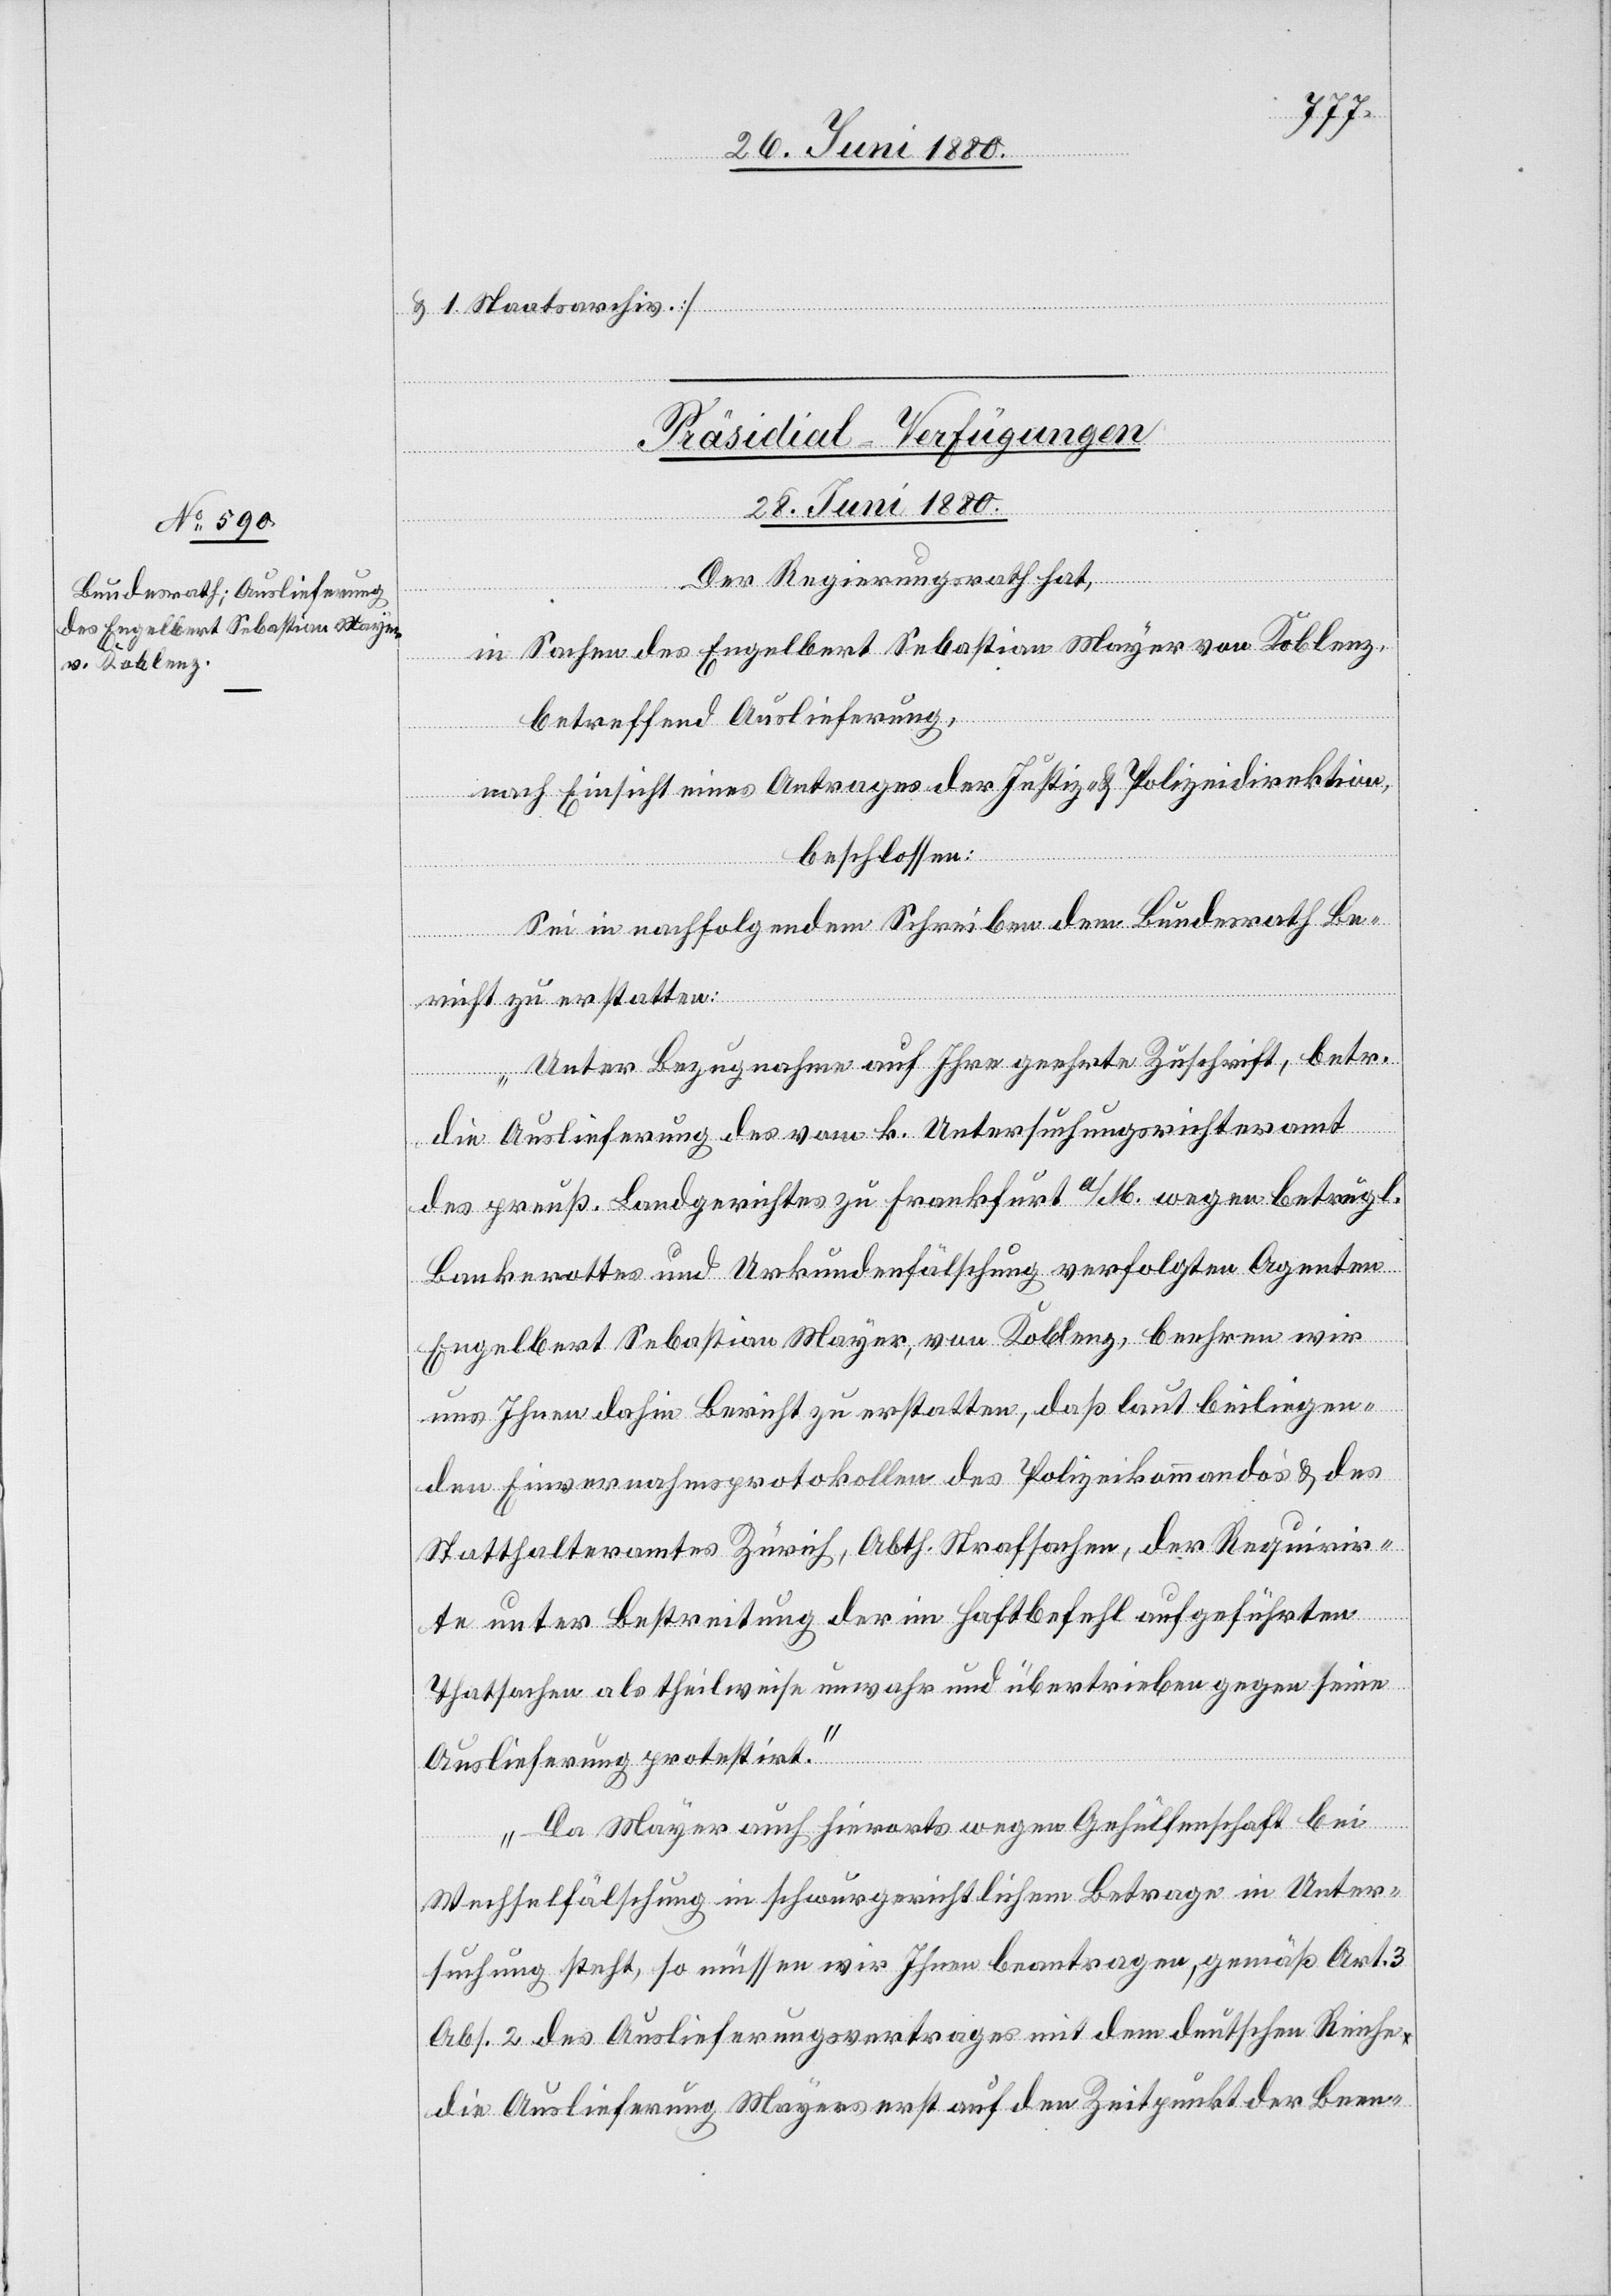
& 1 Staatsarchiv]
[Präsidial-Verfügungen.
28. Juni 1880.]
Der Regierungsrath hat,
in Sachen des Engelbert Sebastian Mayer von Koblenz,
betreffend Auslieferung,
nach Einsicht eines Antrages der Justiz- & Polizeidirektion,
beschlossen:
Sei in nachfolgendem Schreiben dem Bundesrath Be¬
richt zu erstatten:
„Unter Bezugnahme auf Ihre geehrte Zuschrift, betr.
die Auslieferung des vom k. Untersuchungsrichteramt
des preuß. Landgerichtes zu Frankfurt a/M. wegen betrügl.
Bankerottes und Urkundenfälschung verfolgten Agenten
Engelbert Sebastian Mayer, von Koblenz, beehren wir
uns Ihnen dahin Bericht zu erstatten, daß laut beiliegen¬
den Einvernahmsprotokollen des Polizeikommando & des
Statthalteramtes Zürich, Abth. Strafsachen, der Requirir¬
te unter Bestreitung der im Haftbefehl aufgeführten
Thatsachen als theilweise unwahr und übertrieben gegen seine
Auslieferung protestirt.
Da Mayer auch hierorts wegen Gehülfenschaft bei
Wechselfälschung in schwurgerichtlichem Betrage in Unter¬
suchung steht, so müssen wir Ihnen beantragen, gemäß Art. 3
Abs. 2 des Auslieferungsvertrages mit dem deutschen Reiche
die Auslieferung Mayers erst auf den Zeitpunkt der Been-